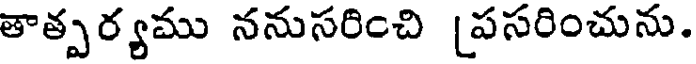
తాత్పర్యము ననుసరించి [పసరించును.